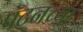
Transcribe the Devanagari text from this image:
पॅटनच्या